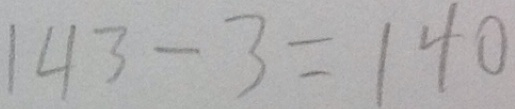
1 4 3 - 3 = 1 4 0